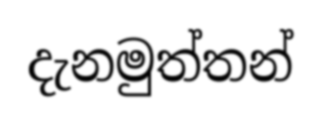
දැනමුත්තන්